Annual report on the lock hospitals of the Madras Presidency
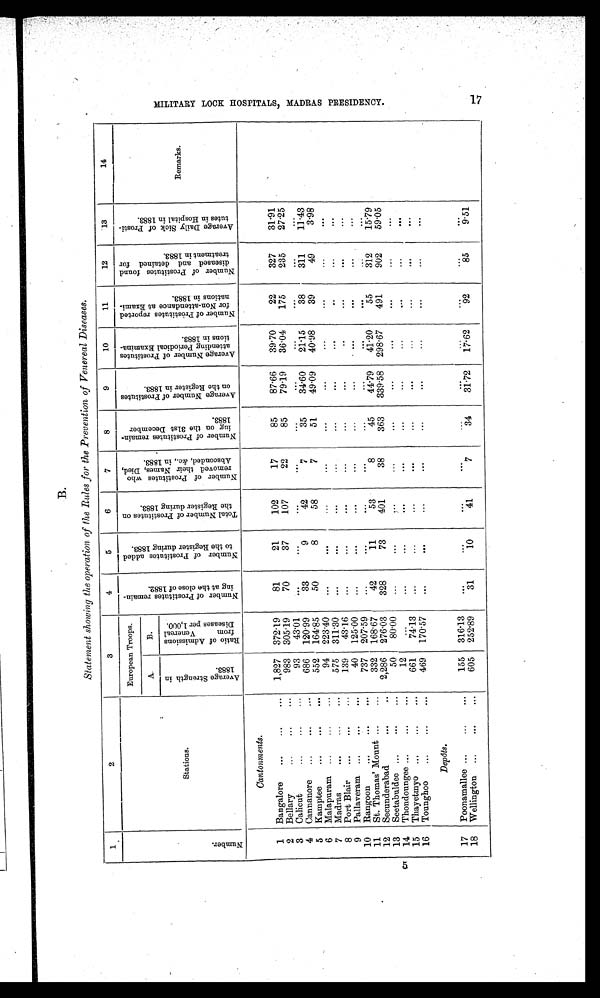
5
B.
Statement showing the operation of the Rules for the Prevention of Venereal Diseases.
1
2
3
4
5
6
7
8
9
10
11
12
13
14
N u m b e r .
Stations.
European Troops.
N u m b e r o f P r o s t i t u t e s r e m a i n i n g a t t h e c l o s e o f 1 8 8 2 .
N u m b e r o f P r o s t i t u t e s a d d e d t o t h e R e g i s t e r d u r i n g 1 8 8 3 .
T o t a l N u m b e r o f P r o s t i t u t e s o n t h e R e g i s t e r d u r i n g 1 8 8 3 . N u m b e r o f P r o s t i t u t e s w h o r e m o v e d t h e i r N a m e s , D i e d , A b s c o n d e d , & c . , i n 1 8 8 3 .
N u m b e r o f P r o s t i t u t e s r e m a i n i n g o n t h e 3 1 s t D e c e m b e r 1 8 8 3 .
A v e r a g e N u m b e r o f P r o s t i t u t e s o n t h e R e g i s t e r i n 1 8 8 3 .
A v e r a g e N u m b e r o f P r o s t i t u t e s a t t e n d i n g P e r i o d i c a l E x a m i n a t i o n s i n 1 8 8 3 .
N u m b e r o f P r o s t i t u t e s r e p o r t e d f o r N o n - a t t e n d a n c e a t E x a m i n a t i o n s i n 1 8 8 3 .
N u m b e r o f P r o s t i t u t e s f o u n d d i s e a s e d a n d d e t a i n e d f o r t r e a t m e n t i n 1 8 8 3 .
A v e r a g e D a i l y S i c k o f P r o s t i t u t e s i n H o s p i t a l i n 1 8 8 3 .
Remarks.
A.
B.
A v e r a g e S t r e n g t h i n 1 8 8 3 .
R a t i o o f A d m i s s i o n s f r o m V e n e r e a l D i s e a s e s p e r 1 , 0 0 0 .
Cantonments.
1 Bangalore ...
...
...
1,827 372.19
81
21
102
17
85
87.66
39.70
22
327
31.91
2 Bellary
...
...
...
983 305.19
70
37
107
22
85
79.19
36.04
175
235
27.25
3 Calicut
...
...
...
93
43.01
... ...
...
...
...
...
...
. . . ...
...
4 Cannanore ...
...
...
686 120.99
33
9
42
7
35
34.60
21.15
38
311
11.43
5 Kamptee
...
...
...
552 164.85
50
8
58
7
51
49.09
40.98
39
49
3.98
6 Malapuram ...
...
...
94 223.40
...
...
...
...
...
...
...
...
...
. . .
7 Madras
...
...
...
575 311.30
...
. . .
...
...
. . .
. . .
. . . ...
. . .
8 Port Blair ...
...
...
139
43.16
... ...
...
...
...
...
. . . ...
. . .
...
9 Pallaveram ...
...
...
40 125.00
...
. . .
...
...
...
...
...
. . .
...
...
10 Rangoon
...
...
...
737 207.59
...
...
...
...
...
...
...
. . .
...
...
11 St. Thomas' Mount ... ...
332 168.67
42
11
53
8
45
44.79
41.20
55
312
15.79
12 Secunderabad
...
... 2,286 276.03
328
73
401
38
363
339.58 298.67
491
902
59.05
13 Seetabuldee ...
...
...
50
80.00
...
...
. . .
. . .
...
...
. . .
. . .
...
. . .
14 Thondoungee ...
...
...
12
...
...
. . .
. . .
. . .
...
...
. . .
...
. . .
15 Thayetmyo ...
...
...
661
74.13
...
...
...
. . .
...
. . .
...
...
. . .
. . .
16 Tounghoo ...
...
...
469 170.57
. . .
. . .
...
. . .
...
...
...
...
...
. . .
Depôts.
17 Poonamallee ...
...
...
155 316.13
. . .
...
...
. . .
. . .
. . .
...
...
...
. . .
18 Wellington ...
...
...
605 252.89
31
10
41
7
34
31.72
17.62
92
85
9.51
M I L I T A R Y L I C K H O S P I T A L S , M A D R A S P R E S I D E N C Y .